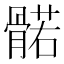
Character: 𮪰